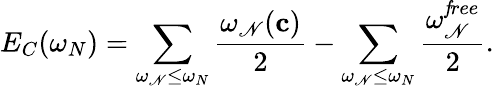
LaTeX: E_{C}(\omega_{N})=\sum_{\omega_{\mathscr{N}}\leq\omega_{N}}{\frac{{\omega_{\mathscr{N}}({\mathbf{c}})}}{{2}}}-\sum_{\omega_{\mathscr{N}}\leq\omega_{N}}{\frac{{\omega_{\mathscr{N}}^{\mathit{f}ree}}}{{2}}}.